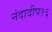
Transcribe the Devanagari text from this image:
नंदादीप१६